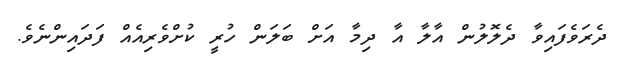
ދެރަވެފައިވާ ދެލޮލުން އާލާ އާ ދިމާ އަށް ބަލަން ހުރީ ކުށްވެރިއެއް ފަދައިންނެވެ.